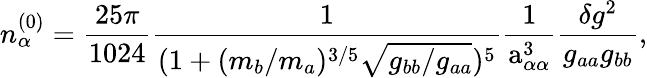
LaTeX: n_{\alpha}^{(0)}=\frac{25\pi}{1024}\frac{1}{(1+(m_{b}/m_{a})^{3/5}\sqrt{g_{bb}/g_{aa}})^{5}}\frac{1}{\mathrm{a}_{\alpha\alpha}^{3}}\frac{\delta g^{2}}{g_{aa}g_{bb}},